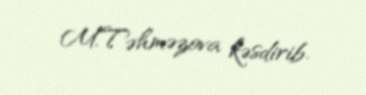
M.Təhməzova kəsdirib.